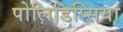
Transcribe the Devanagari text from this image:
पोलिडिप्सिया